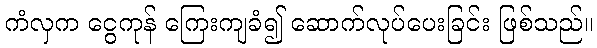
ကံလှက ငွေကုန် ကြေးကျခံ၍ ဆောက်လုပ်ပေးခြင်း ဖြစ်သည်။